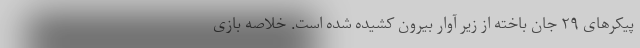
پیکرهای ۲۹ جان باخته از زیر آوار بیرون کشیده شده است. خلاصه بازی